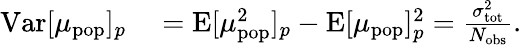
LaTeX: \begin{array}{rl}{\mathrm{Var}[\mu_{\mathrm{pop}}]_{p}}&{{}=\mathrm{E}[\mu_{\mathrm{pop}}^{2}]_{p}-\mathrm{E}[\mu_{\mathrm{pop}}]_{p}^{2}=\frac{\sigma_{\mathrm{tot}}^{2}}{N_{\mathrm{obs}}}.}\end{array}